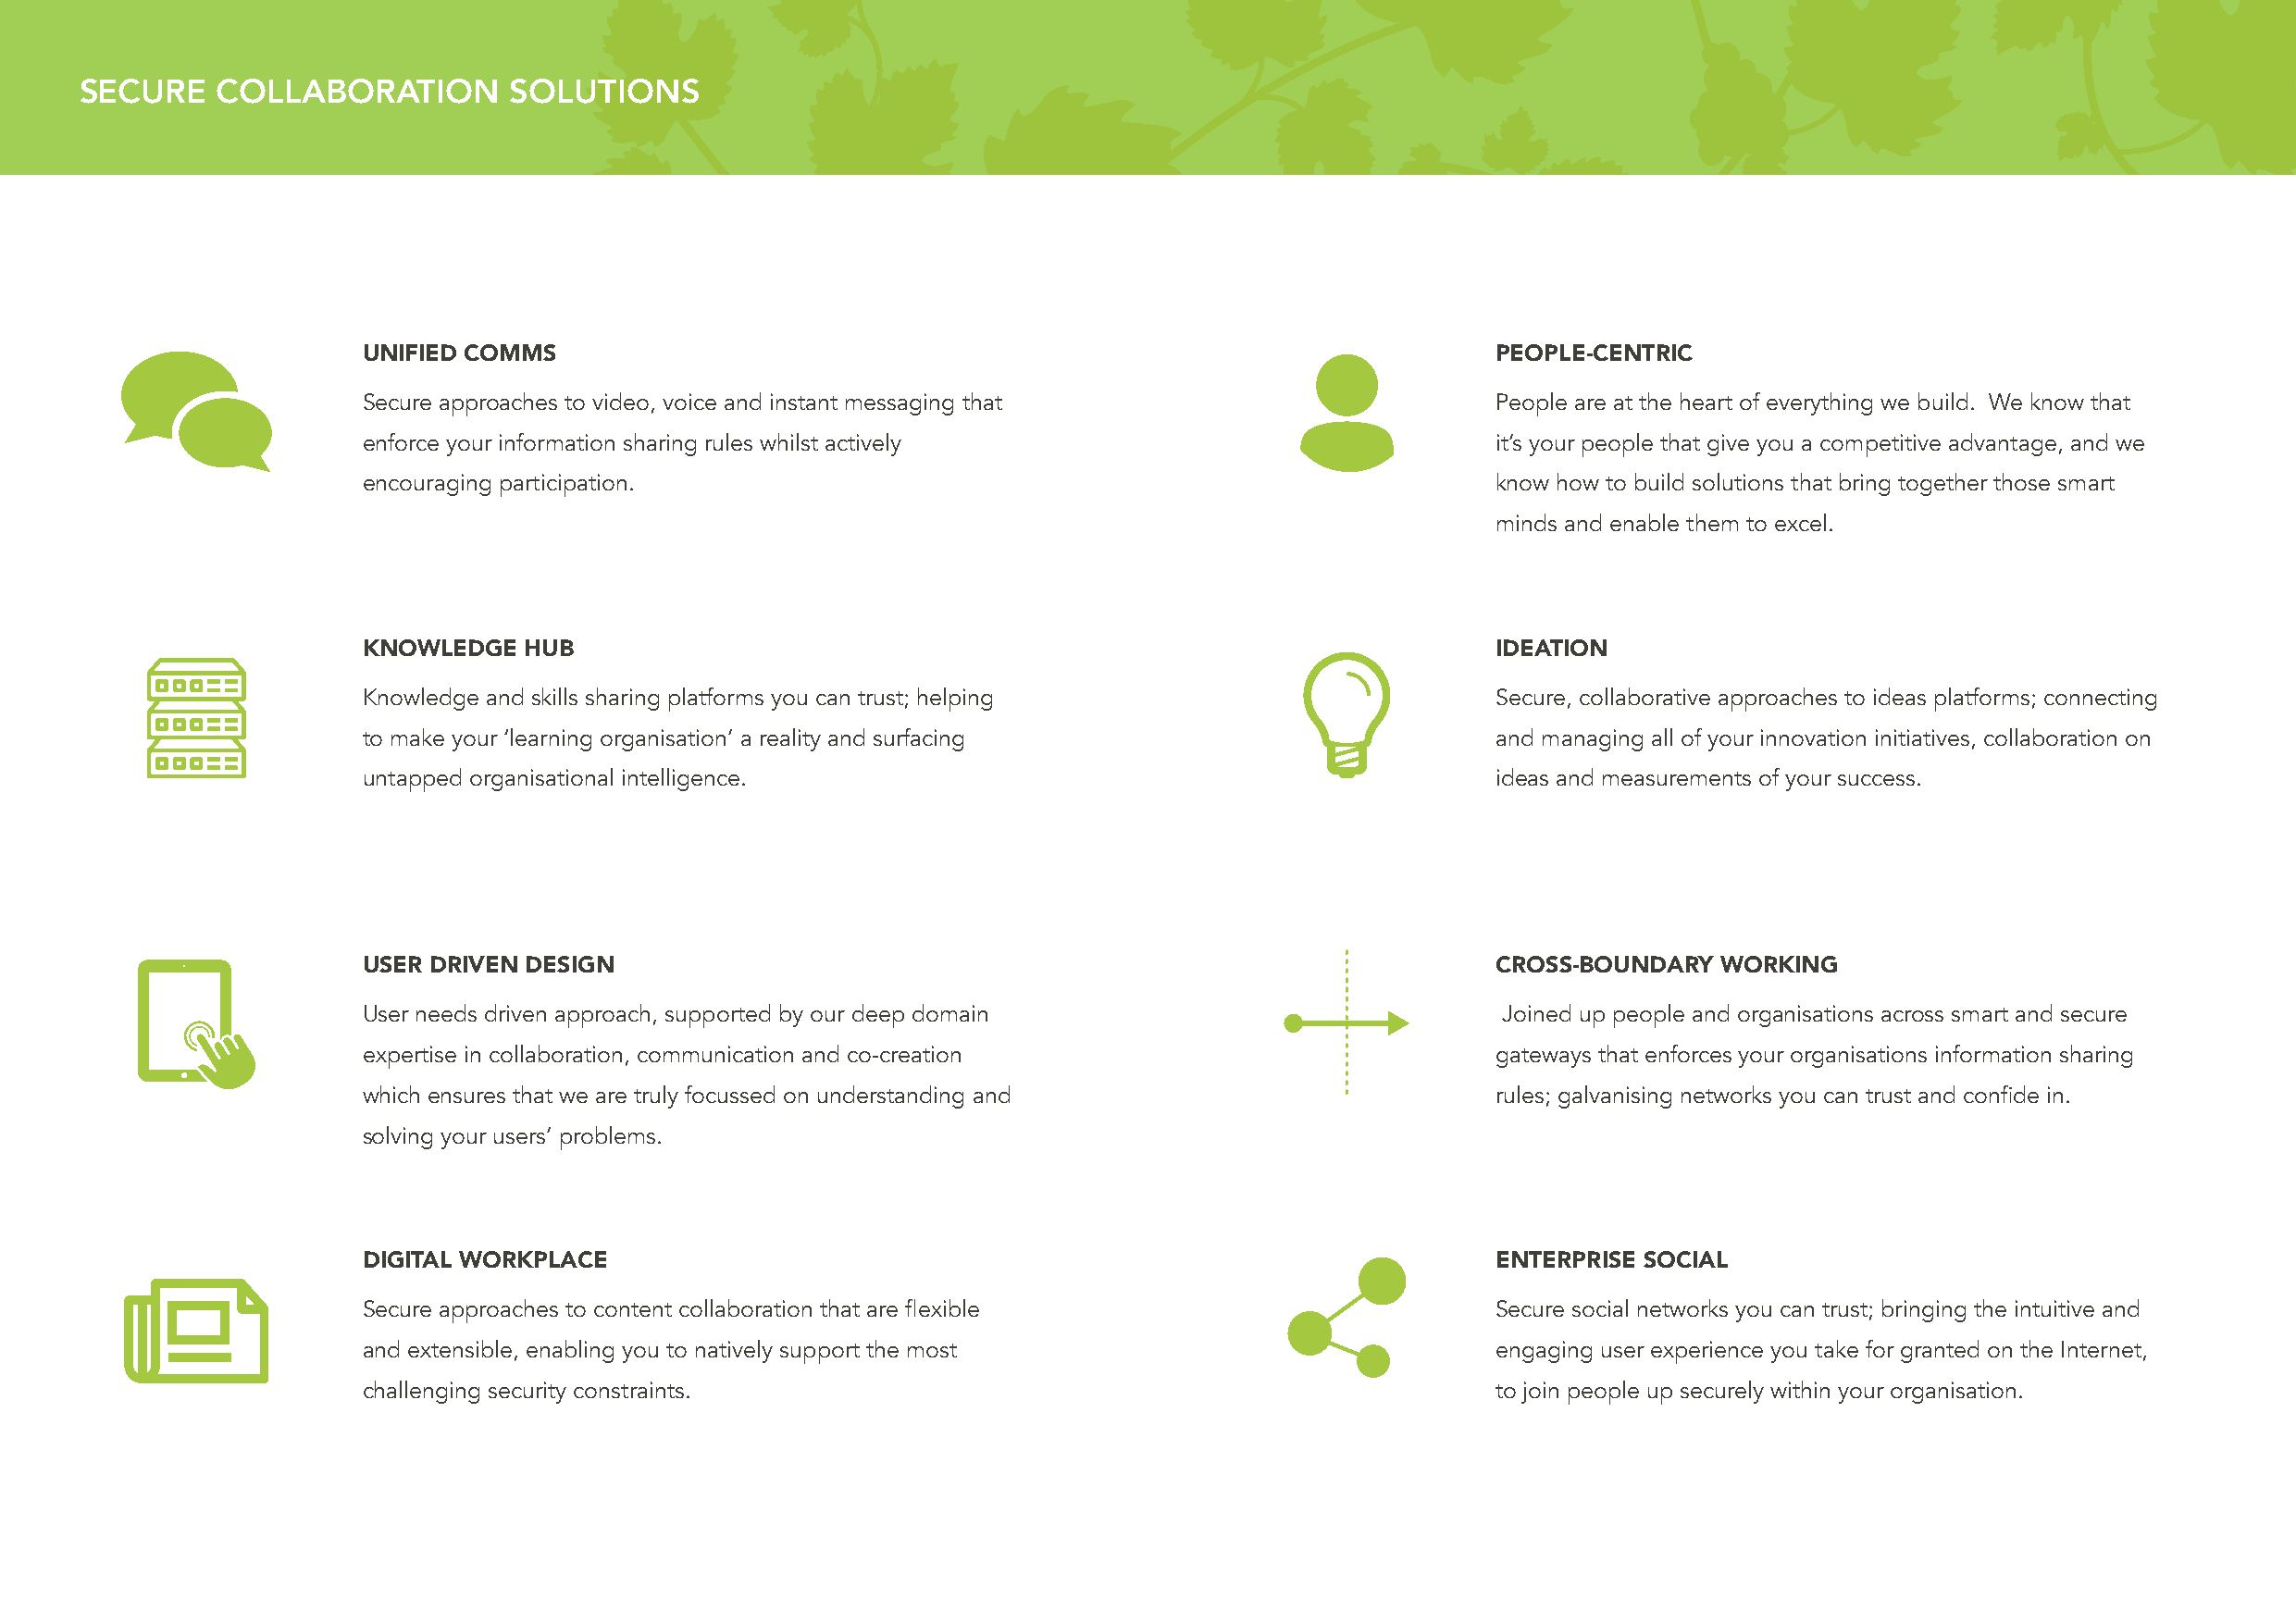
SECURE    COLLABORATION       SOLUTIONS
 UNIFIED COMMS                                                                    PEOPLE-CENTRIC
 Secure approaches to video, voice and instant messaging that                     People are at the heart of everything we build. We know that
 enforce your information sharing rules whilst actively                           it’s your people that give you a competitive advantage, and we
 encouraging participation.                                                       know how to build solutions that bring together those smart
 minds and enable them to excel.
 KNOWLEDGE   HUB                                                                  IDEATION
 Knowledge and skills sharing platforms you can trust; helping                    Secure, collaborative approaches to ideas platforms; connecting
 to make your ‘learning organisation’ a reality and surfacing                     and managing all of your innovation initiatives, collaboration on
 untapped organisational intelligence.                                            ideas and measurements of your success.
 USER DRIVEN DESIGN                                                               CROSS-BOUNDARY  WORKING
 User needs driven approach, supported by our deep domain                         Joined up people and organisations across smart and secure
 expertise in collaboration, communication and co-creation                        gateways that enforces your organisations information sharing
 which ensures that we are truly focussed on understanding and                    rules; galvanising networks you can trust and confide in.
 solving your users’ problems.
 DIGITAL WORKPLACE                                                                ENTERPRISE SOCIAL
 Secure approaches to content collaboration that are flexible                     Secure social networks you can trust; bringing the intuitive and
 and extensible, enabling you to natively support the most                        engaging user experience you take for granted on the Internet,
 challenging security constraints.                                                to join people up securely within your organisation.